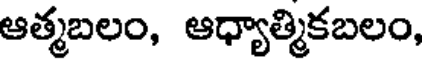
ఆత్మబలం, ఆధ్యాత్మికబలం,